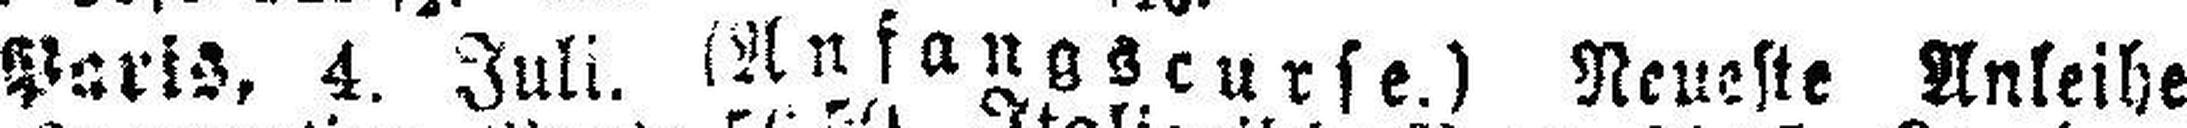
Paris, 4. Juli. (Anfangscurse.) Neueste Anleihe